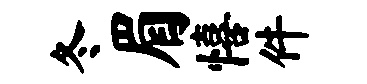
冬眉僖件